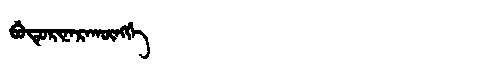
Manchu: ᠪᡠᡨᡠᡵᡳᠨᠠᡵᠠᡴᡡᠩᡤᡝ
Romanization: BUTURINARAKŪNGGE